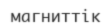
магниттік